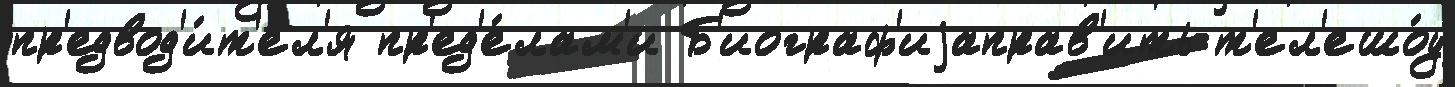
пр'едвод'и́т'ел'я пр'ед'е́лам'и Б'иограф'иjаправ'ить т'ел'ешо́у